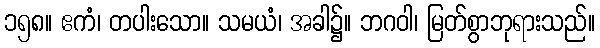
၁၅၈။ ဧကံ၊ တပါးသော။ သမယံ၊ အခါ၌။ ဘဂဝါ၊ မြတ်စွာဘုရားသည်။